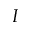
I